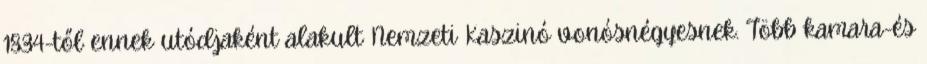
1834-től ennek utódjaként alakult Nemzeti Kaszinó vonósnégyesnek. Több kamara-és